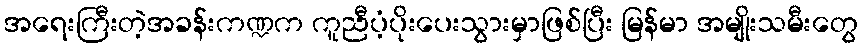
အရေးကြီးတဲ့အခန်းကဏ္ဍက ကူညီပံ့ပိုးပေးသွားမှာဖြစ်ပြီး မြန်မာ အမျိုးသမီးတွေ